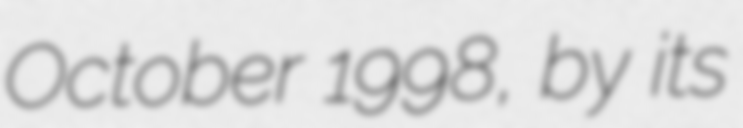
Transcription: October 1998, by its